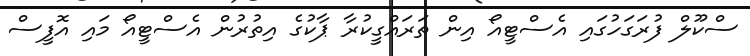
ސްކޫލް ފުރަގަހުގައި އެސްޓީއޯ އިން ތަރައްގީކުރާ ޕާކުގެ އިތުރުން އެސްޓީއޯ މައި އޮފީސް